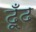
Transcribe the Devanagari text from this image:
ढ़ूँढ